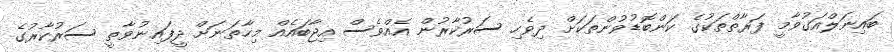
ބައިނަލްއަގުވާމީ ފަރާތްތަކުގެ ކަންބޮޑުވުންތަކަށް ދިވެހި ސަރުކާރުން އެއްވެސް އިޖާބައެއް މިހާތަނަށް ދީފައިނުވާތީ ސަރުކާރުގެ